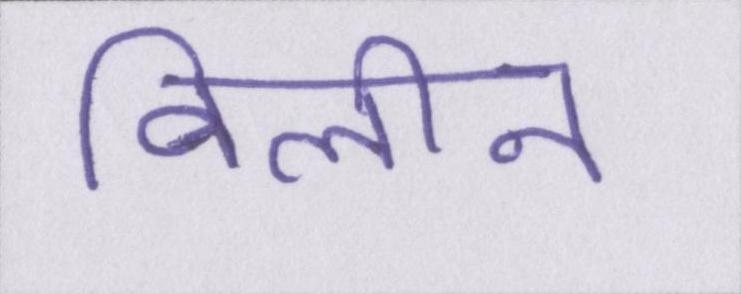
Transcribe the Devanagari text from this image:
विलीन